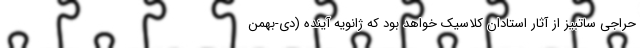
حراجی ساتبیز از آثار استادان کلاسیک خواهد بود که ژانویه آینده (دی-بهمن